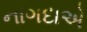
નાગદાએ